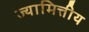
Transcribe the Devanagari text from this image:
ज्यामित्तीय